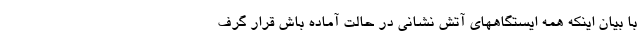
با بیان اینکه همه ایستگاههای آتش نشانی در حالت آماده باش قرار گرف